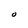
Character: O